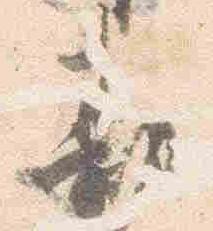
勘